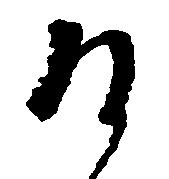
そ